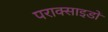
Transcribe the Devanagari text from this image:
पराक्साइडों